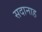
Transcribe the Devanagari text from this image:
सदानाह